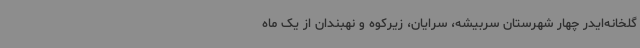
گلخانه‌ایدر چهار شهرستان سربیشه، سرایان، زیرکوه و نهبندان از یک ماه